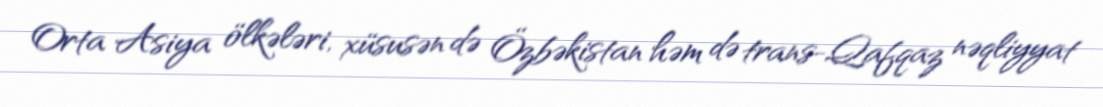
Orta Asiya ölkələri, xüsusən də Özbəkistan həm də trans-Qafqaz nəqliyyat